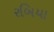
રબિયા